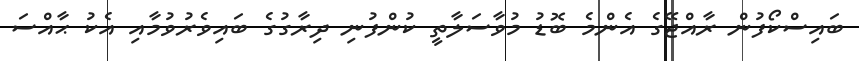
ބައިސްކޯފުން ރާއްޖޭގެ އެންމެ ބޮޑު މުވާސަލާތީ ކުންފުނި ދިރާގުގެ ބައިވެރުވުމާއި އެކު ޙާއްސަ